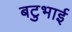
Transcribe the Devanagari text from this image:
बटुभाई